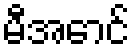
မီအောင်